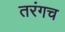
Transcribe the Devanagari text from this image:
तरंगच